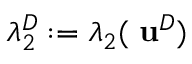
\lambda _ { 2 } ^ { D } : = \lambda _ { 2 } ( { \mathbf \nabla } { \bf u } ^ { D } )